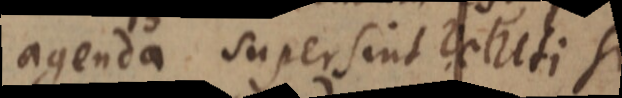
agenda supersint Veluti si